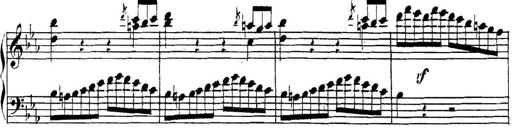
Title: Collected Piano Sonatas
Composer: Muzio Clementi